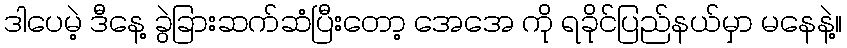
ဒါပေမဲ့ ဒီနေ့ ခွဲခြားဆက်ဆံပြီးတော့ အေအေ ကို ရခိုင်ပြည်နယ်မှာ မနေနဲ့။